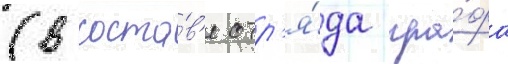
(в соста́в'е отр'я́да гра́фа